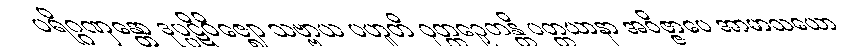
ပရိဂ္ဂဏှန္တော ဒုပ္ပဋိဝိဇ္ဈော သဗ္ဗာယ ပဟူတိ ဝုတ္တဉှေတန္တိ ပတ္တယာနာ အဝိဇ္ဇာပေ အာမာသယော